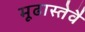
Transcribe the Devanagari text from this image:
मूढास्तेवै